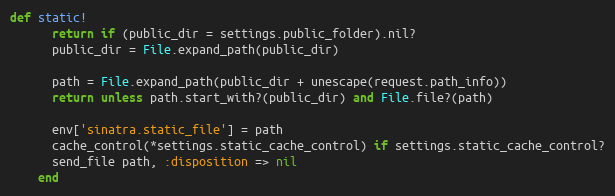
Language: Ruby
def static!
      return if (public_dir = settings.public_folder).nil?
      public_dir = File.expand_path(public_dir)

      path = File.expand_path(public_dir + unescape(request.path_info))
      return unless path.start_with?(public_dir) and File.file?(path)

      env['sinatra.static_file'] = path
      cache_control(*settings.static_cache_control) if settings.static_cache_control?
      send_file path, :disposition => nil
    end